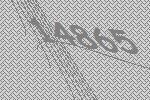
14865